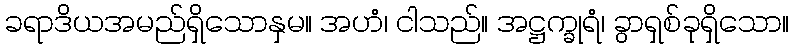
ခရာဒိယအမည်ရှိသောနှမ။ အဟံ၊ ငါသည်။ အဋ္ဌက္ခုရံ၊ ခွာရှစ်ခုရှိသော။